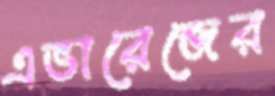
এভারেজের